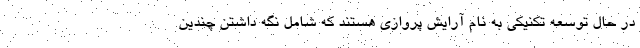
در حال توسعه تکنیکی به نام آرایش پروازی هستند که شامل نگه داشتن چندین